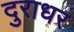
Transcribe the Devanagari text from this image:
दुराधर